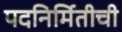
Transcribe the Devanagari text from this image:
पदनिर्मितीची